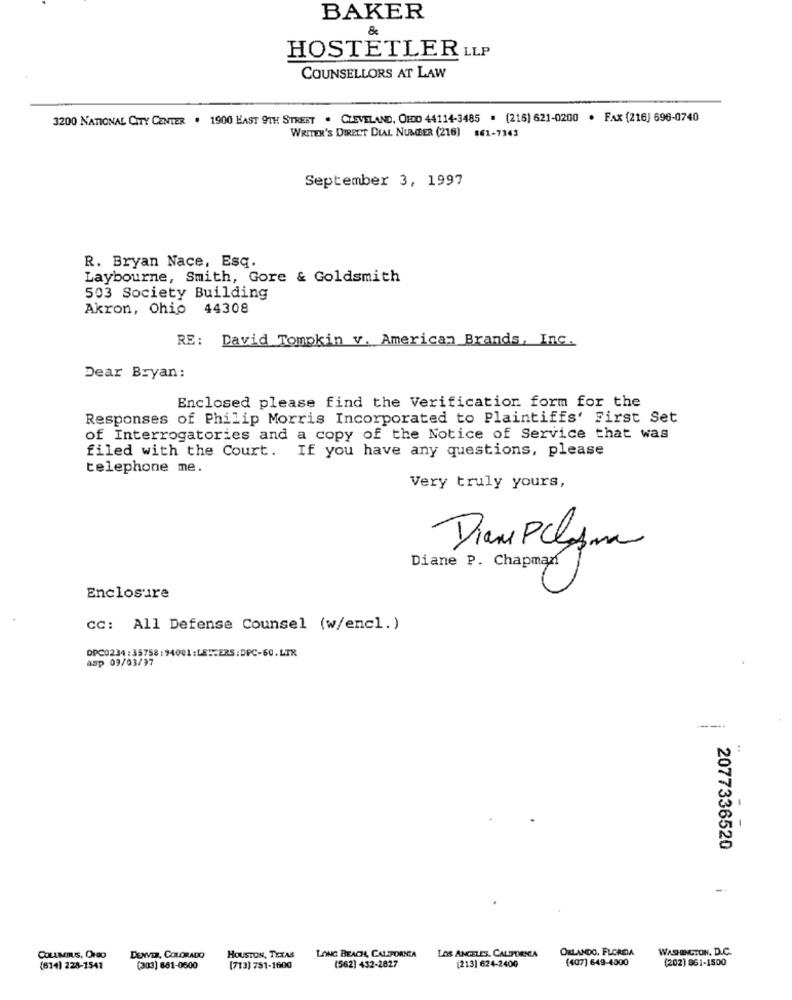
BAKER
&
HOSTETLER LLP
COUNSELLORS AT LAW
3200 NATIONAL CITY CENTER . 1900 LAST 9TH STREET . CLEVELAND, OFDO 44114-3485 . (216) 621-0200 · FAX (216) 696-0740
WRITER'S DIRECT DIAL NUMBER (216] 861-7343
September 3, 1997
R. Bryan Nace, Esq.
Laybourne, Smith, Gore & Goldsmith
503 Society Building
Akron, Ohio 44308
RE: David Tompkin v. American Brands, Inc.
Dear Bryan:
Enclosed please find the Verification form for the
Responses of Philip Morris Incorporated to Plaintiffs' First Set
of Interrogatories and a copy of the Notice of Service that was
filed with the Court. If you have any questions, please
telephone me.
Very truly yours,
Diane Plasma
Diane P. Chapman
Enclosure
CC: All Defense Counsel (w/encl. )
asp 09/03/97
------
..
2077336520
LONG BEACHA, CALFORNIA
ORLANDO, FLORIDA
WASHINGTON, D.C.
COLLMINUS, OrGO
DENVER, COLORADO
HOUSTON, TEXAS
LOS ANGELES, CALIFORNIA
(213) 624-2400
(407) 649-4000
(202) 961-1500
(614) 228-1541
(303) 861-0600
(713) 751-1600
(562) 432-2827